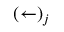
( \leftarrow ) _ { j }